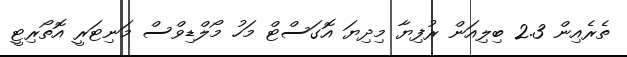
ތެރެއިން 2.3 ބިލިއަން ރުފިޔާ މިދިޔަ އޮގަސްޓް މަހު މޯލްޑިވްސް މަނިޓަރީ އޮތޯރިޓީ